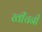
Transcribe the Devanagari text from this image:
खींचनी